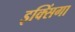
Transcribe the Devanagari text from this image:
इक्सिंगा